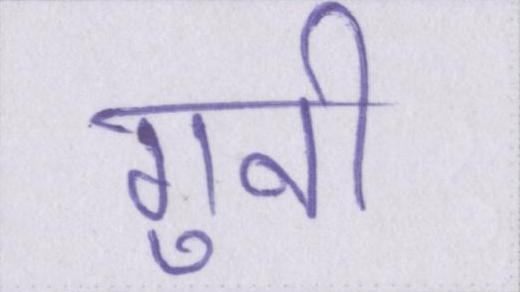
गुनी